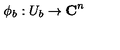
\phi _ { b } : U _ { b } \rightarrow { \bf C } ^ { n }